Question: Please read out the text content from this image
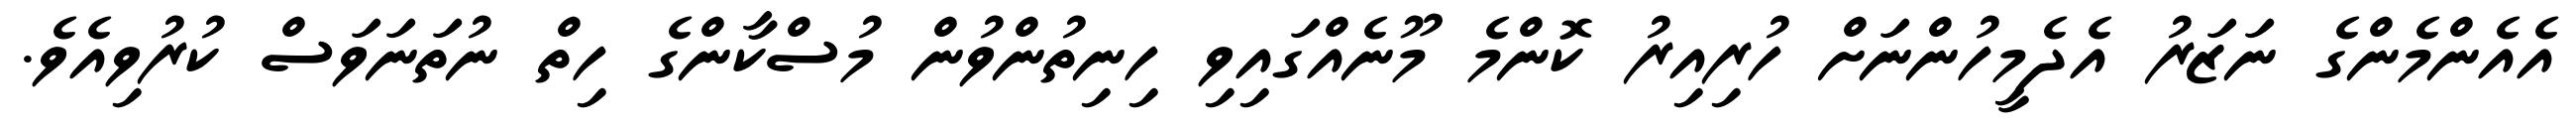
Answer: އެއެންމެންގެ ނަޒަރު އެދެމީހުންނަށް ހުރިއިރު ކޮންމެ މޫނެއްގައިވި ހިނިތުންވުން މުސްކާންގެ ހިތް ނުތަނަވަސް ކުރުވިއެވެ.